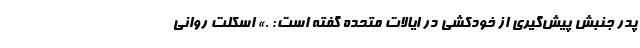
پدر جنبش پیش‌گیری از خودکشی در ایالات متحده گفته است: .» اسکلت روانی